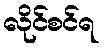
လိုင်စင်ရ